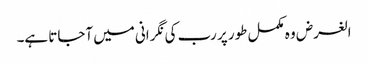
الغرض وہ مکمل طور پر رب کی نگرانی میں آجاتا ہے۔